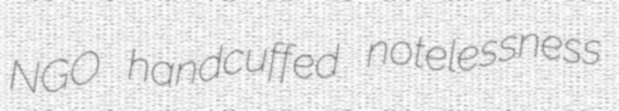
NGO handcuffed notelessness